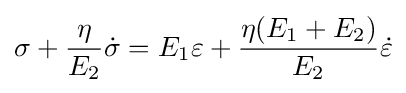
\sigma +{\frac {\eta }{E_{2}}}{\dot {\sigma }}=E_{1}\varepsilon +{\frac {\eta (E_{1}+E_{2})}{E_{2}}}{\dot {\varepsilon }}